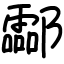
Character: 酃